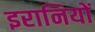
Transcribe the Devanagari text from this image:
इरानियों